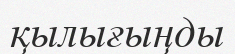
қылығыңды